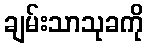
ချမ်းသာသုခကို